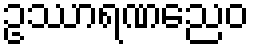
ဥဿာရဏညေဝ